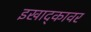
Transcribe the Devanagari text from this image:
इखाद्कावर